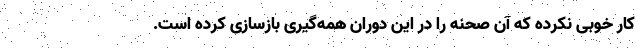
کار خوبی نکرده که آن صحنه را در این دوران همه‌گیری بازسازی کرده است.